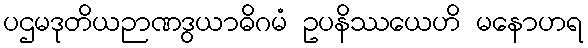
ပဌမဒုတိယဉာဏဒွယာဓိဂမံ ဥပနိဿယေဟိ မနောဟရ